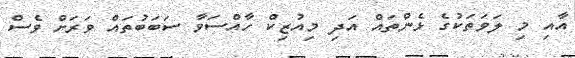
އާއި މި ލަވަތަކުގެ ޅެންތައް އަދި މިއުޒިކް ހާއްސަވާ ސަބަބުތައް ވަރަށް ވެސް